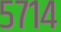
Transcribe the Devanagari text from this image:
५७१४